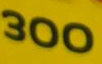
300